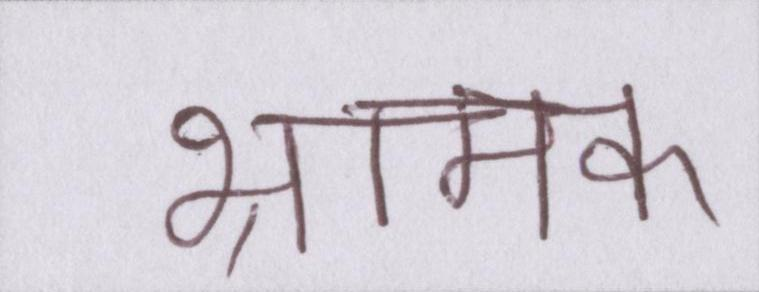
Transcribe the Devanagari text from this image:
भ्रामक